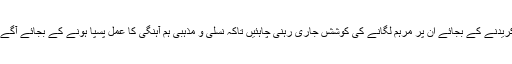
زخموں کو کریدنے کے بجائے ان پر مرہم لگانے کی کوششں جاری رہنی چاہئیں تاکہ نسلی و مذہبی ہم آہنگی کا عمل پسپا ہونے کے بجائے آگے بڑھتا رہے۔